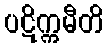
ပဋိက္ကမီတိ